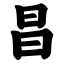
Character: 昌